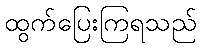
ထွက်ပြေးကြရသည်